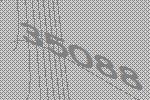
35088